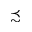
\precsim